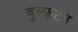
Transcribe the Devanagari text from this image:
वुल्फ़टन